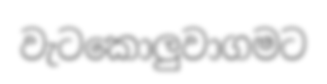
වැටකොලුවාගමට